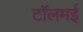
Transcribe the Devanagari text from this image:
टॉलमई